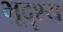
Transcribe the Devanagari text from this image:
भूदॄश्य